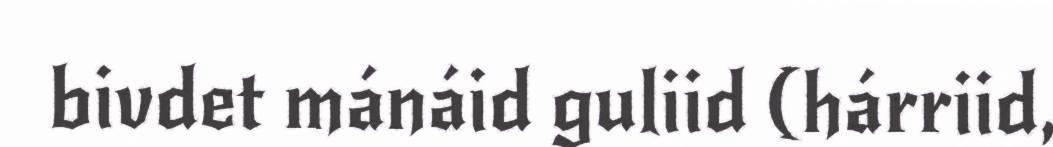
bivdet mánáid guliid (hárriid,